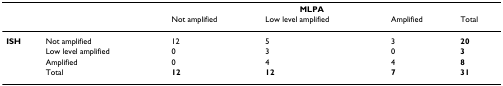
|  |  | <COLSPAN=3> MLPA |  |
 |  |  | Not amplified | Low level amplified | Amplified | Total |
 | --- | --- | --- | --- | --- | --- |
 | ISH | Not amplified | 12 | 5 | 3 | 20 |
 |  | Low level amplified | 0 | 3 | 0 | 3 |
 |  | Amplified | 0 | 4 | 4 | 8 |
 |  | Total | 12 | 12 | 7 | 31 |